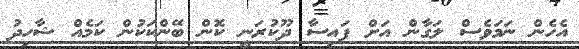
އެހެން ނަމަވެސް ލަގާން އަށް ފައިސާ ދޫކުރަނީ ކޮން ބޭންކަކުން ކަމެއް ޝާހިދު